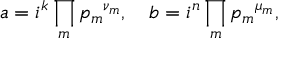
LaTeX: a = i ^ { k } \prod _ { m } { p _ { m } } ^ { \nu _ { m } } , \quad b = i ^ { n } \prod _ { m } { p _ { m } } ^ { \mu _ { m } } ,